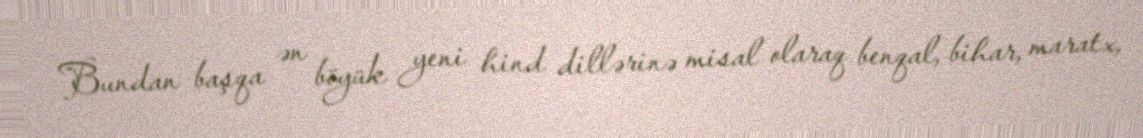
Bundan başqa ən böyük yeni hind dillərinə misal olaraq benqal, bihar, maratx,